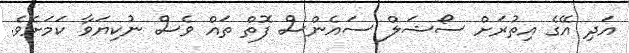
އަދި އޭގެ އިތުރަށް ސޯޝަލް ސައެންސް ފޮތް ތައް ވެސް ނުކިޔަވާ ކަމަށެވެ.